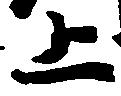
上